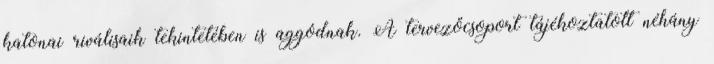
katonai riválisaik tekintetében is aggódnak. A tervezőcsoport tájékoztatott néhány